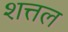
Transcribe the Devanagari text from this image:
शत्तल